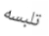
تلبسه